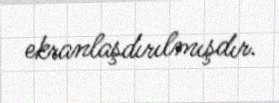
ekranlaşdırılmışdır.